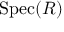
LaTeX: { \mathrm { S p e c } } ( R )